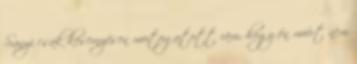
Sanyi csak kesernyésen mu­­to­gatott rám, hogy én miért nem